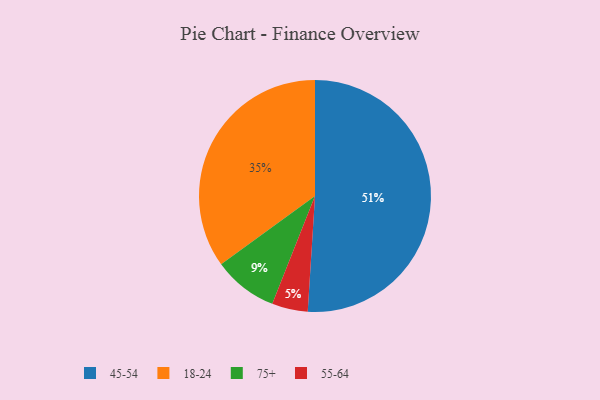
{"axis": {"x": "Category", "y": "Percentage"}, "legend": ["18-24", "45-54", "55-64", "75+"], "data": [{"x": "45-54", "y": 51, "type": "45-54"}, {"x": "18-24", "y": 35, "type": "18-24"}, {"x": "55-64", "y": 5, "type": "55-64"}, {"x": "75+", "y": 9, "type": "75+"}]}